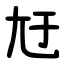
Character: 㝼